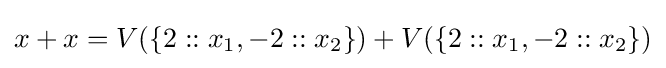
x+x=V(\{2::x_{1},-2::x_{2}\})+V(\{2::x_{1},-2::x_{2}\})